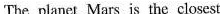
The planet Mars is the closest